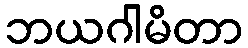
ဘယဂါမိတာ